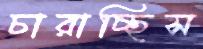
চারাচ্ছিস